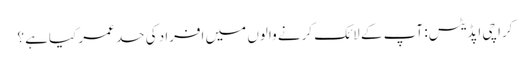
کراچی اپڈیٹس: آپ کے لائک کرنے والوں میں افراد کی حد عمر کیاہے ؟